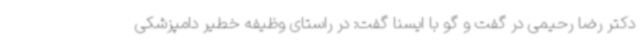
دکتر رضا رحیمی در گفت و گو با ایسنا گفت: در راستای وظیفه خطیر دامپزشکی